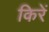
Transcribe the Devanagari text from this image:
किरें